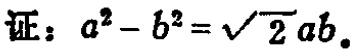
证：\(a^{2}-b^{2}=\sqrt{2}ab\)